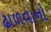
ઢાળવાનો